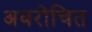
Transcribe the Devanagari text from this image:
अवरोचित